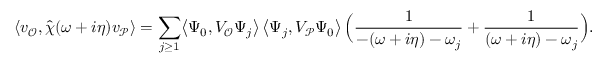
\langle v _ { \mathcal { O } } , \widehat { \chi } ( \omega + i \eta ) v _ { \mathcal { P } } \rangle = \sum _ { j \ge 1 } \bigl \langle \Psi _ { 0 } , V _ { \mathcal { O } } \Psi _ { j } \bigr \rangle \, \bigl \langle \Psi _ { j } , V _ { \mathcal { P } } \Psi _ { 0 } \bigr \rangle \, \Bigl ( \frac { 1 } { - ( \omega + i \eta ) - \omega _ { j } } + \frac { 1 } { ( \omega + i \eta ) - \omega _ { j } } \Bigr ) .